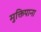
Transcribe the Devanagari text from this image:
मुक्तिपाना